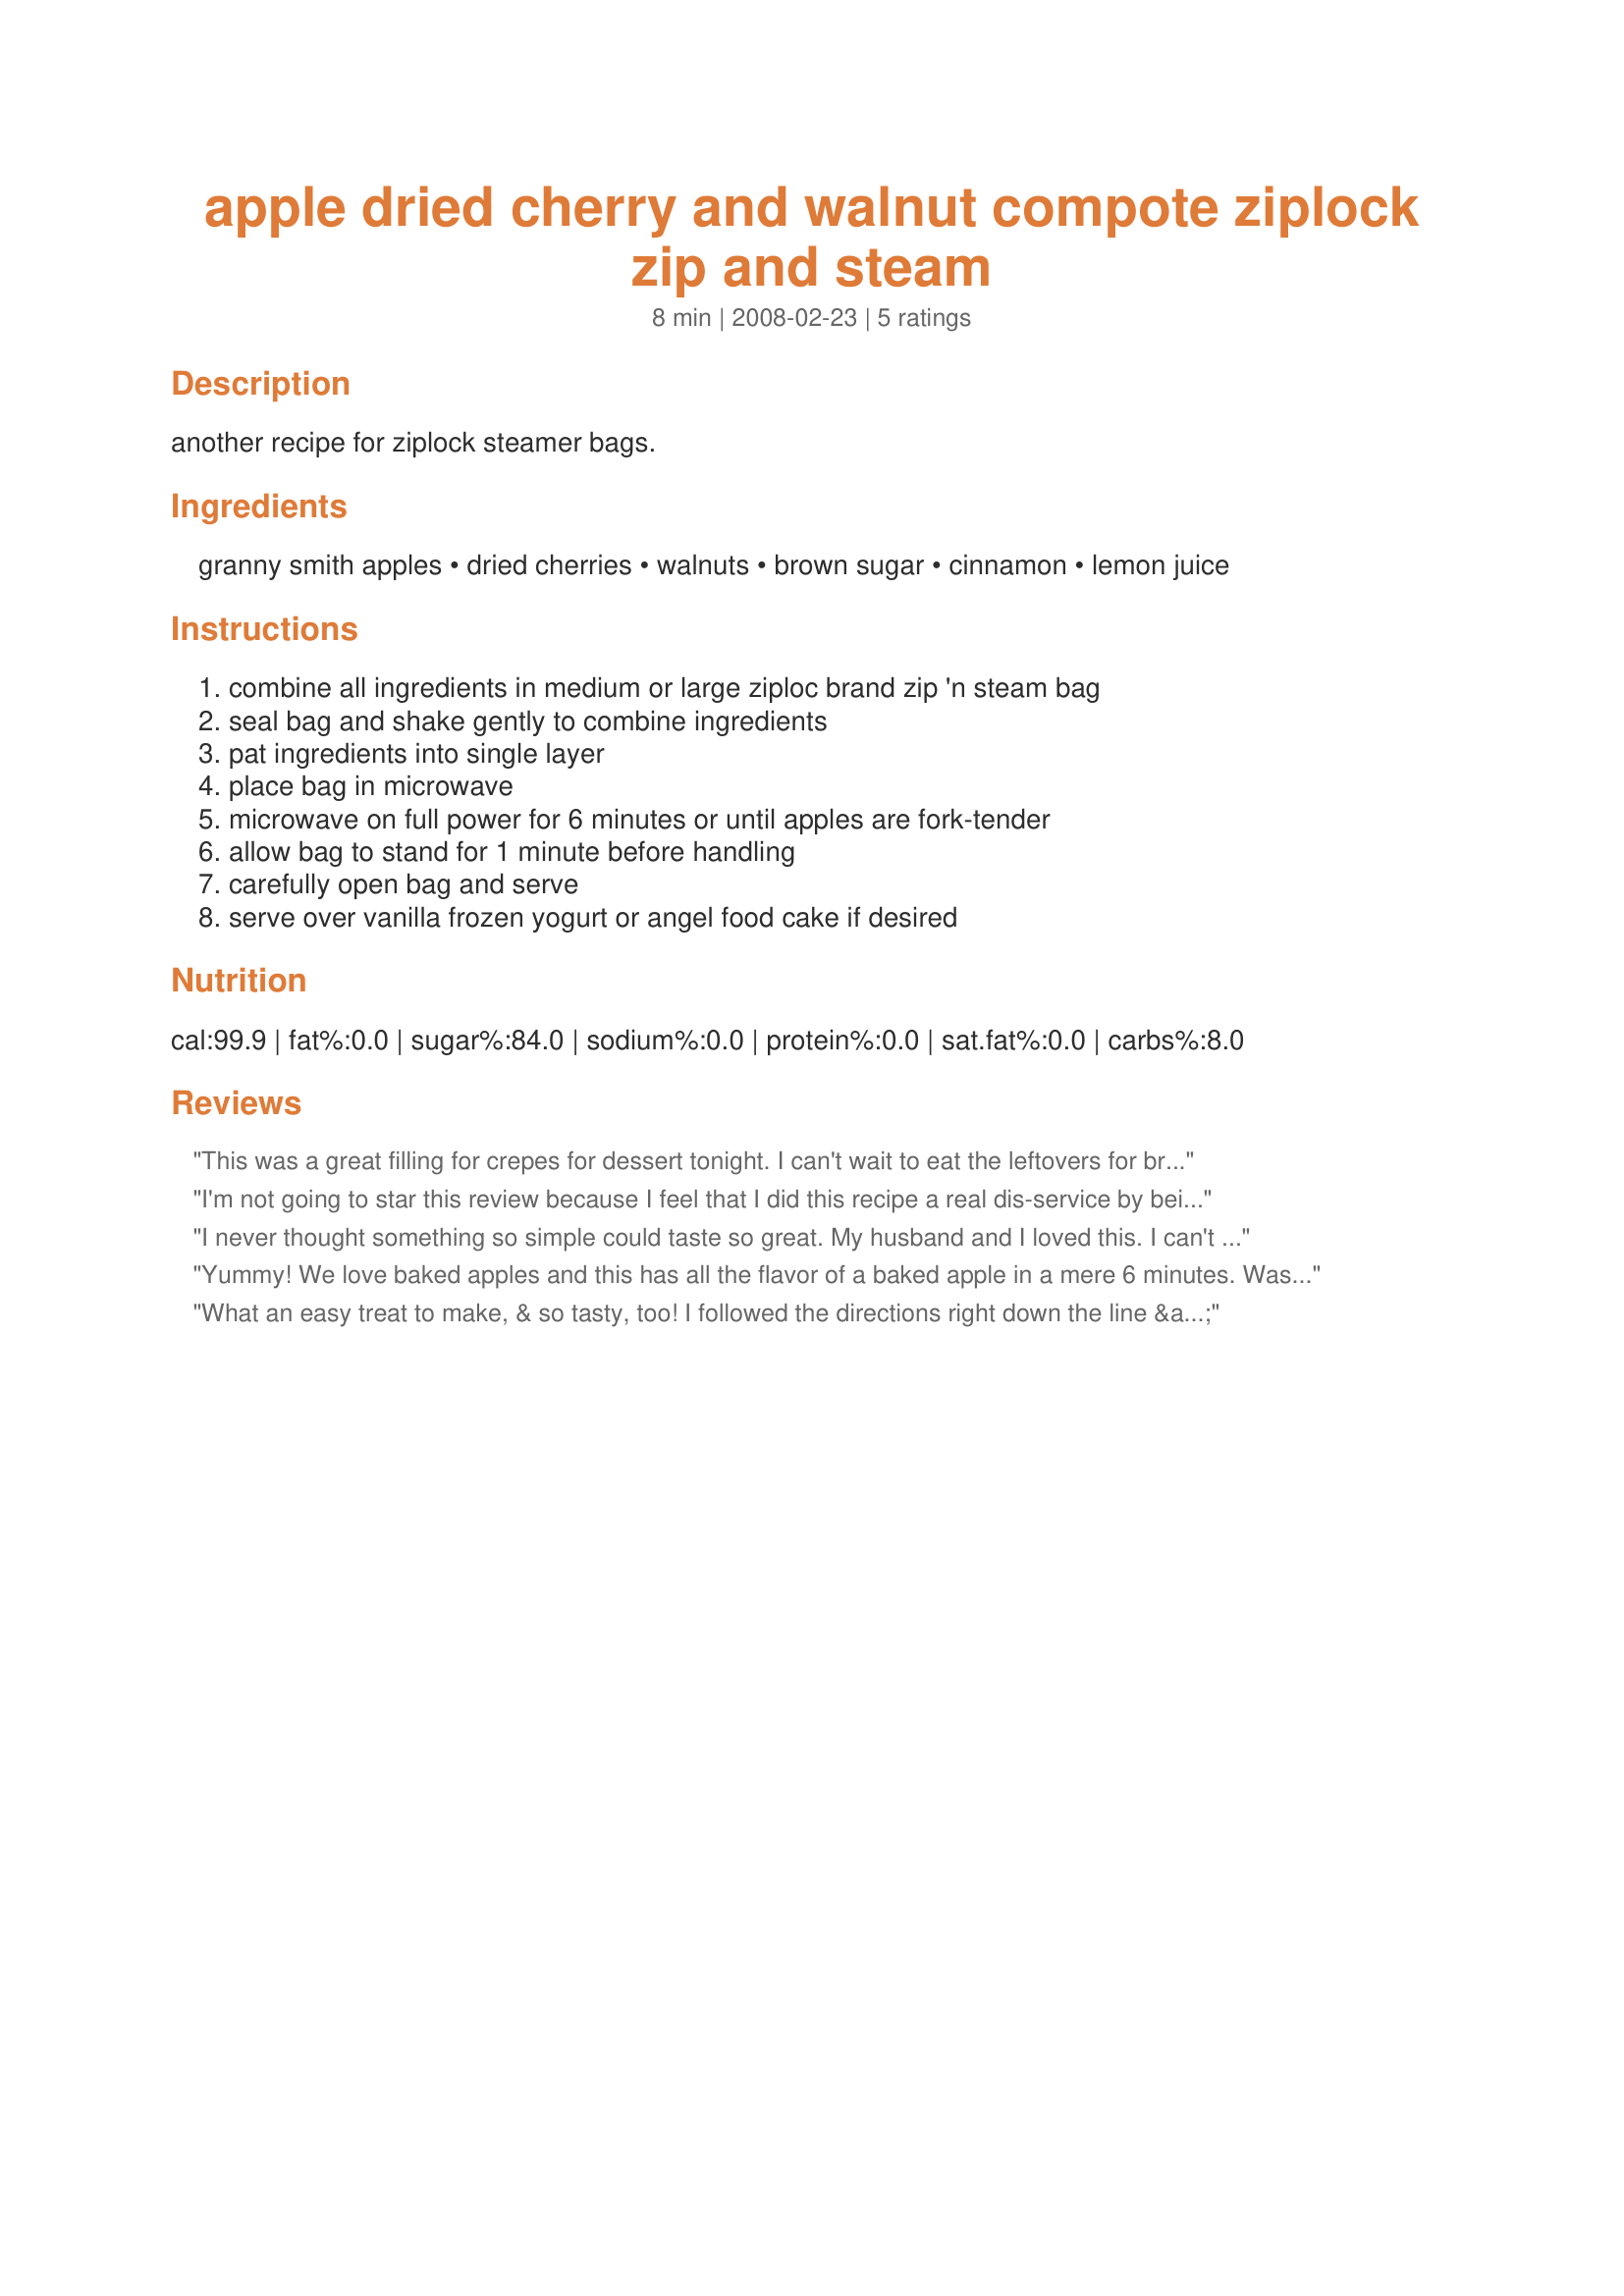
apple dried cherry and walnut compote ziplock zip and steam
Preparation time: 8 minutes

another recipe for ziplock steamer bags.

Ingredients:
granny smith apples, dried cherries, walnuts, brown sugar, cinnamon, lemon juice

Steps:
combine all ingredients in medium or large ziploc brand zip 'n steam bag, seal bag and shake gently to combine ingredients, pat ingredients into single layer, place bag in microwave, microwave on full power for 6 minutes or until apples are fork-tender, allow bag to stand for 1 minute before handling, carefully open bag and serve, serve over vanilla frozen yogurt or angel food cake if desired

Reviews:
This was a great filling for crepes for dessert tonight. I can't wait to eat the leftovers for breakfast :)
I'm not going to star this review because I feel that I did this recipe a real dis-service by being to cheap to buy the ask for bags. I used a ceramic dish that I tightly covered with Press and Seal wrap and punched 6 holes in the top of. I let it go for the 6 mins in the micro while I made pancakes. The aroma was incredible and had the whole downstairs smelling of apple and cinnamon. The trouble came when I opened the micro to find that the tightly sealed wrap had been steamed open and the liquid that had been made had bubbled out of the dish entirely. Now while the apples and nuts were fine (I used pecans as I'm out of walnuts) the cherries had become very hard and almost inedible with the lack of moisture. I think this would be really wonderful made with the bag as the recipe says. Also, I should mention that I used 3/4 tsp of Splenda Brown (I made one serving) and that made it plenty sweet. Made for Photo Tag.
I never thought something so simple could taste so great. My husband and I loved this. I can't wait to make this again for the rest of my family!
Yummy! We love baked apples and this has all the flavor of a baked apple in a mere 6 minutes. Was planning to serve over frozen yogurt, but after a big dinner we just eat plain in a bowl and Loved it. This would also be good on pancakes or over ice cream. Thanks so much for the great post.
What an easy treat to make, & so tasty, too! I followed the directions right down the line & the result was WONDERFUL, especially when served over some frozen peach yogurt! Can you imagine how long it would have taken Grandma to make this, way back when! Thanks for sharing your great recipe! [Made & reviewed as a kidnapped recipe in the Aus/NZ Recipe Swap #16]
